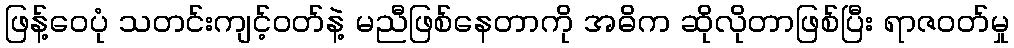
ဖြန့်ဝေပုံ သတင်းကျင့်ဝတ်နဲ့ မညီဖြစ်နေတာကို အဓိက ဆိုလိုတာဖြစ်ပြီး ရာဇဝတ်မှု